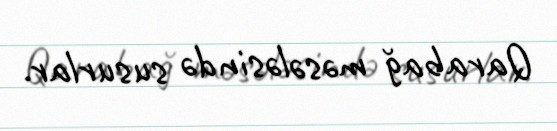
Qarabağ məsələsində susurlar.